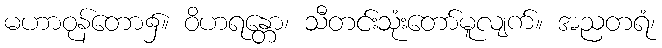
မဟာဝုန်တော၌။ ဝိဟရန္တော၊ သီတင်းသုံးတော်မူလျက်။ အညတရံ၊